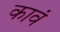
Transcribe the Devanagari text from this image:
कावं